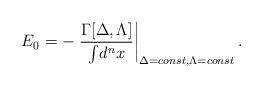
LaTeX: \begin{align*}E_{0}=-\left.\frac{\Gamma[\Delta,\Lambda]}{\int\!d^{n}x}\right|_{\Delta=const,\Lambda=const}.\end{align*}